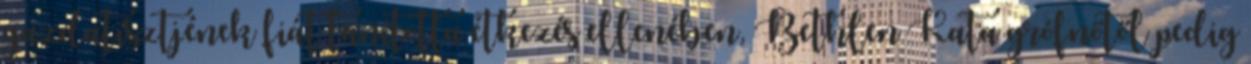
gazdatisztjének fiát tanította étkezés ellenében, Bethlen Kata grófnőtől pedig